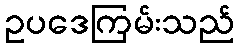
ဥပဒေကြမ်းသည်